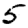
Digit: 5